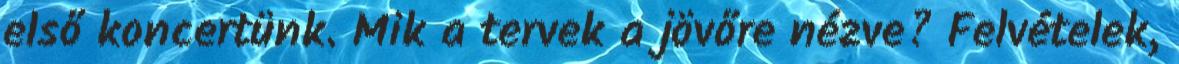
első koncertünk. Mik a tervek a jövőre nézve? Felvételek,